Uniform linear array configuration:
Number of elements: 32
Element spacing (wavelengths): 0.5
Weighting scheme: kaiser
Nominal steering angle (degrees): -45
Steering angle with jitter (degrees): -43.227
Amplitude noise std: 0.05
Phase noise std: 0.05

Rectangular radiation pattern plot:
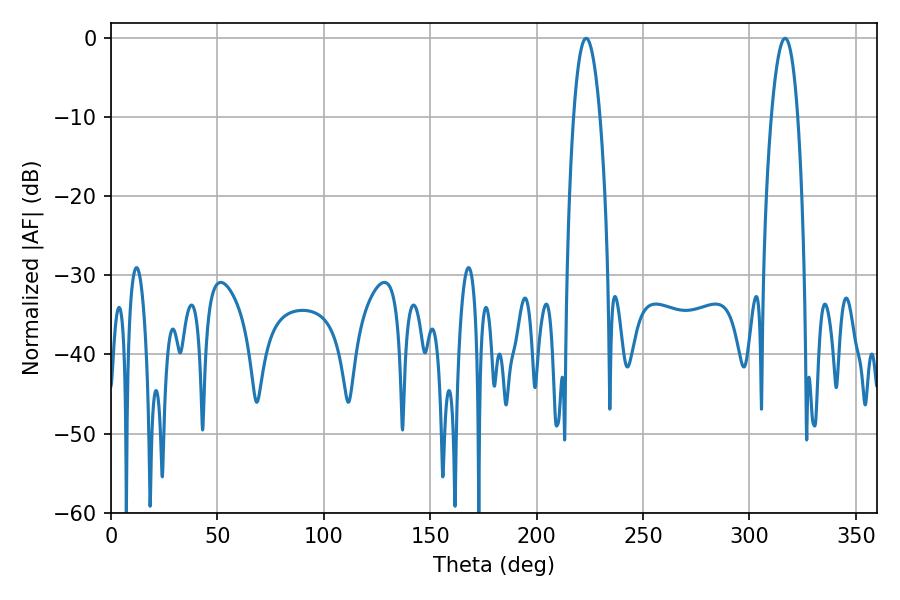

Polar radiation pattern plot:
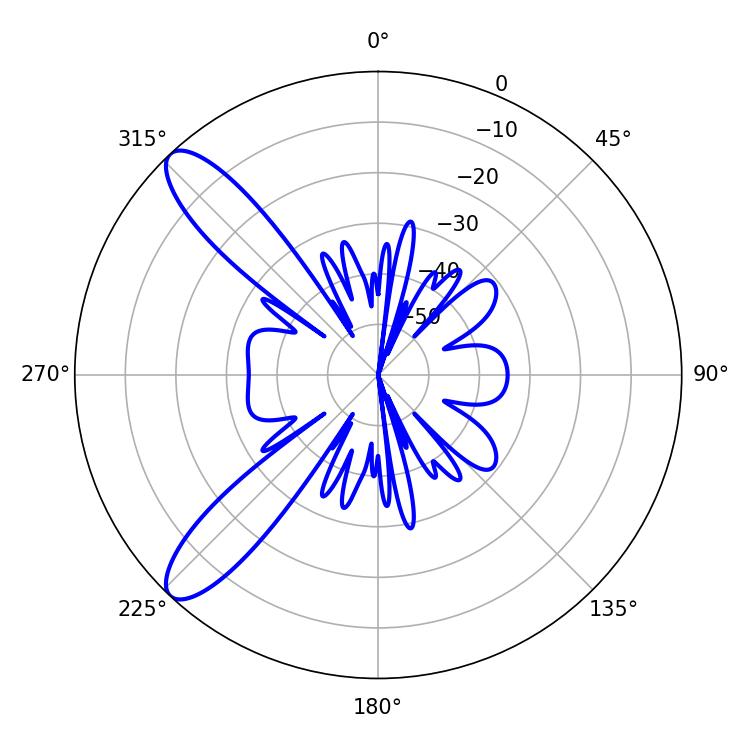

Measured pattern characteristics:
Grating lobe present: FALSE
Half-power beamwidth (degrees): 6.84
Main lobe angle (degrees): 223.2